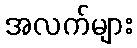
အလက်များ